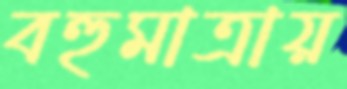
বহুমাত্রায়